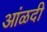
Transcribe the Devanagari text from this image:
आंळदी